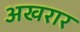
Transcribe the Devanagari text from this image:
अखरार